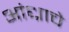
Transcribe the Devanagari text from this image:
आंध्राचे